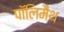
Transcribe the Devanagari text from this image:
पॉलिमैथ